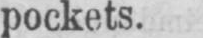
pockets.